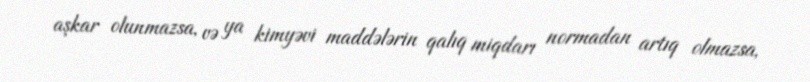
aşkar olunmazsa, və ya kimyəvi maddələrin qalıq miqdarı normadan artıq olmazsa,